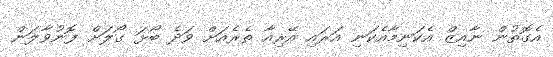
އެގޮތުން ނާއިޒް އެކަނިމާއެކަނި އަރައި އޭރިއާ ތެރެއަށް ވަދެ ބޯޅަ ގޯލަށް ފޮނުވާލަން